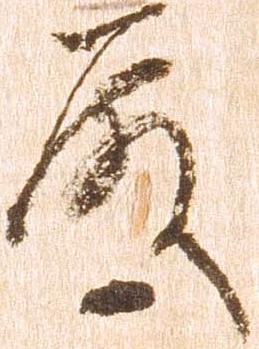
殿